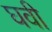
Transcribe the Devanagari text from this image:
घवी